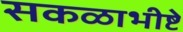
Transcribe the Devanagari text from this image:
सकळाभीष्टे